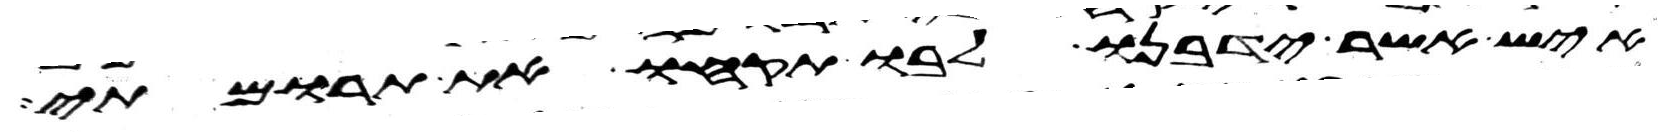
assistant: איש אשר ידבנו לבו תקחו את תרומתי